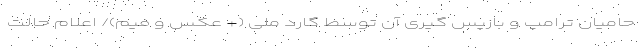
حامیان ترامپ و بازپس گیری آن توسط گارد ملی (+ عکس و فیم)/ اعلام حالت